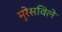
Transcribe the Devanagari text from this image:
मुरेसविले